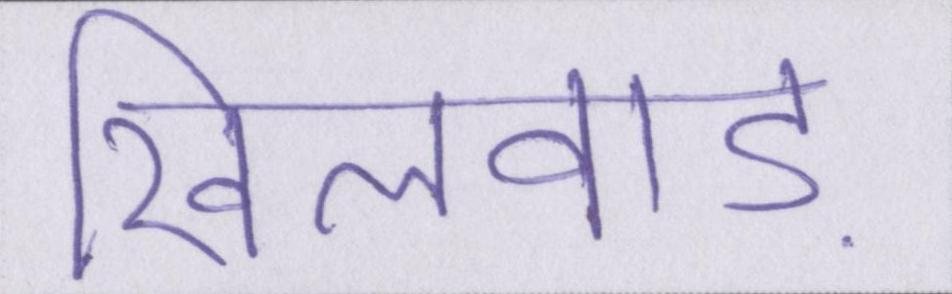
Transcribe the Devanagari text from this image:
खिलवाड़